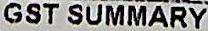
GST SUMMARY